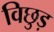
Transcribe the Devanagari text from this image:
विछुड़